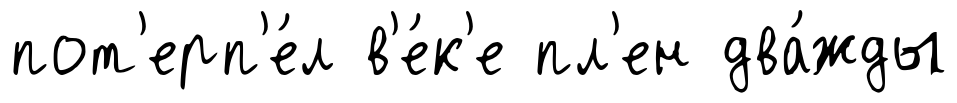
пот'ерп'е́л в'е́к'е пл'ен два́жды